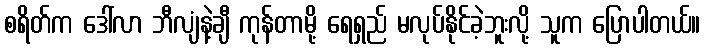
စရိတ်က ဒေါ်လာ ဘီလျံနဲ့ချီ ကုန်တာမို့ ရေရှည် မလုပ်နိုင်ခဲ့ဘူးလို့ သူက ပြောပါတယ်။